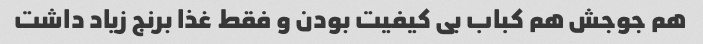
هم جوجش هم کباب بی کیفیت بودن و فقط غذا برنج زیاد داشت